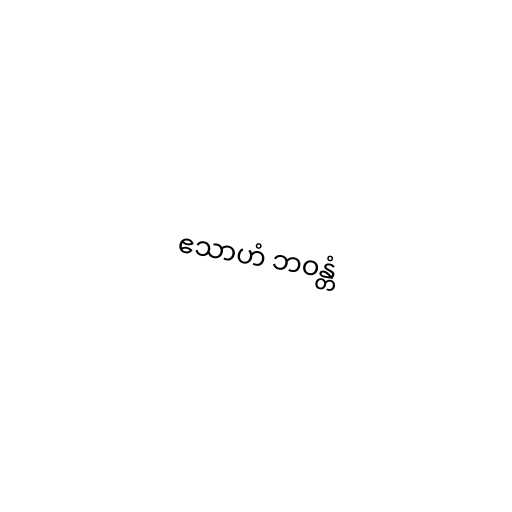
ဧသာဟံ ဘဝန္တံ